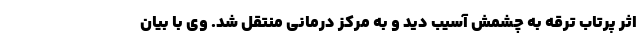
اثر پرتاب ترقه به چشمش آسیب دید و به مرکز درمانی منتقل شد. وی با بیان